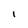
Character: l